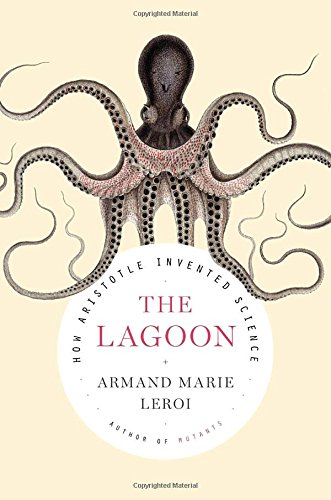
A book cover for The Lagoon: How Aristotle Invented Science; Armand Marie Leroi; History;